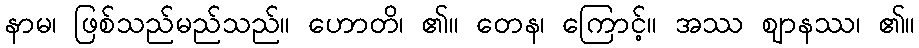
နာမ၊ ဖြစ်သည်မည်သည်။ ဟောတိ၊ ၏။ တေန၊ ကြောင့်။ အဿ ဈာနဿ၊ ၏။